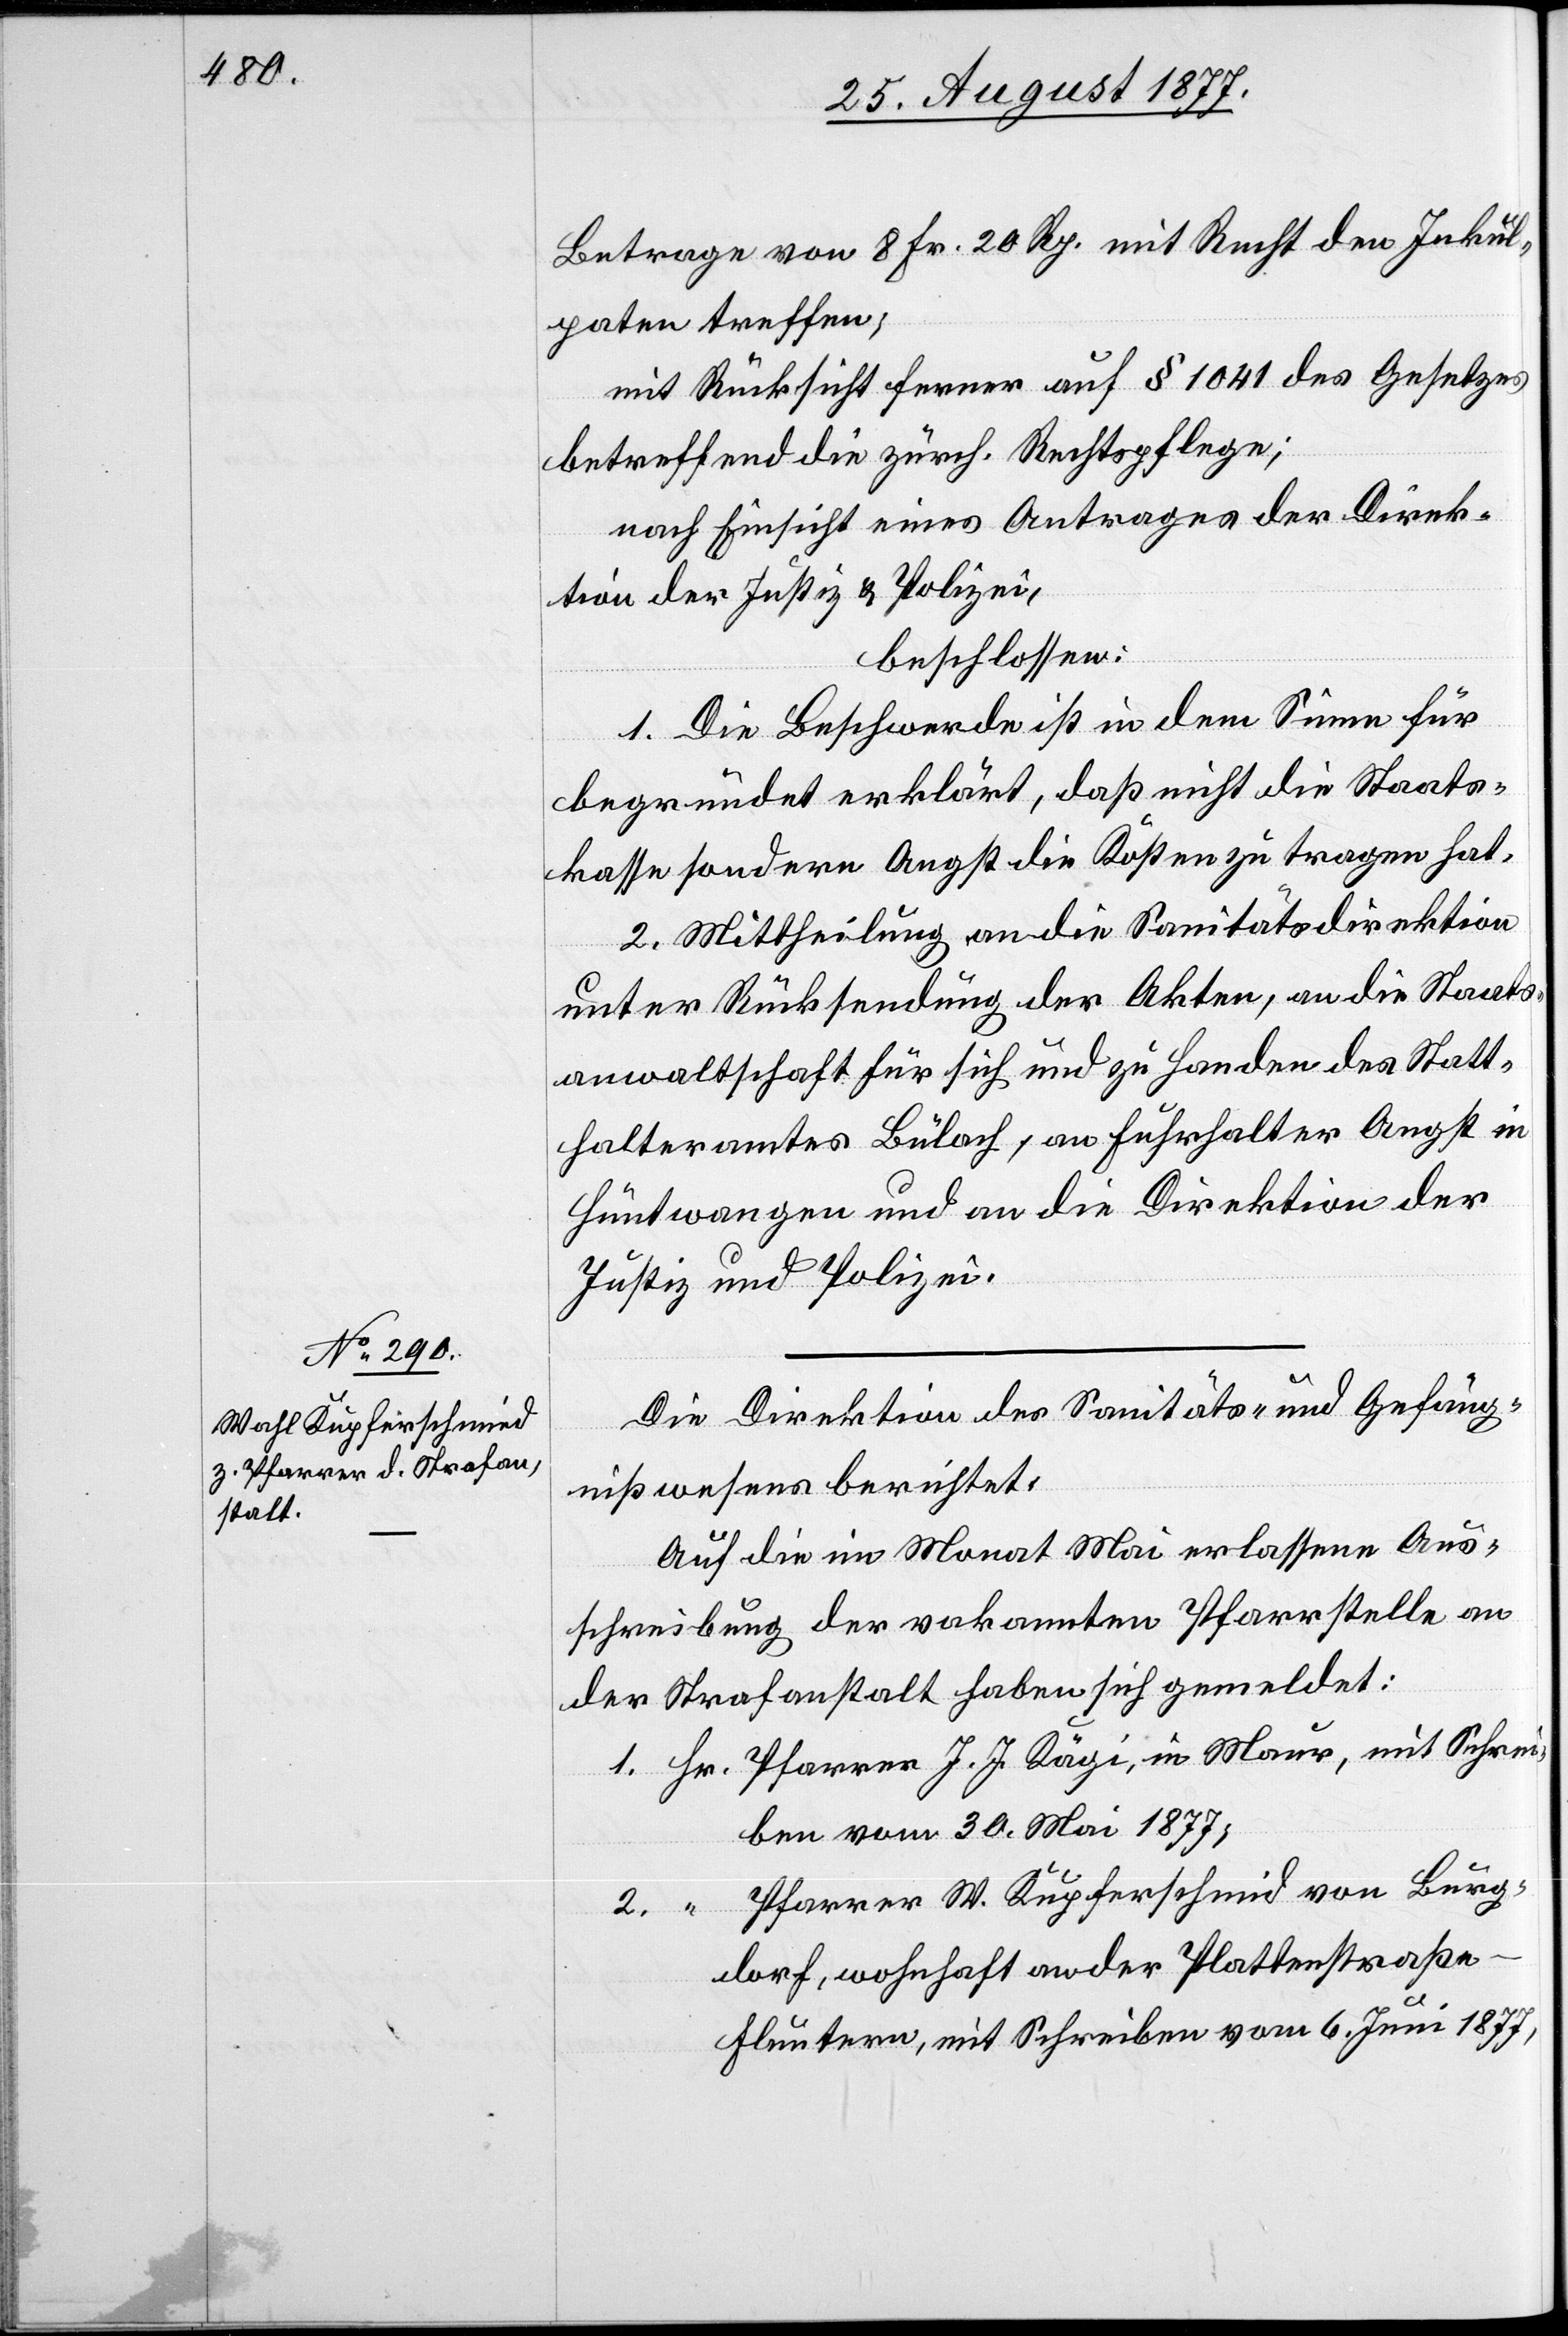
W. Kupferschmid

Betrage von 8 Fr. 20 Rp. mit Recht den Inkul¬
paten treffen;
mit Rücksicht ferner auf § 1041 des Gesetzes
betreffend die zürch. Rechtspflege;
nach Einsicht eines Antrages der Direk¬
tion der Justiz & Polizei,
beschlossen:
1. Die Beschwerde ist in dem Sinne für
begründet erklärt, daß nicht die Staats¬
kasse sondern Angst die Kosten zu tragen hat.
2. Mittheilung an die Sanitätsdirektion
unter Rücksendung der Akten, an die Staats¬
anwaltschaft für sich und zu Handen des Statt¬
halteramtes Bülach, an Fuhrhalter Angst in
Hüntwangen und an die Direktion der
Justiz und Polizei.
Die Direktion des Sanitäts- und Gefäng¬
nißwesens berichtet:
Auf die im Monat Mai erlassene Aus¬
schreibung der vakannten Pfarrstelle an
der Strafanstalt haben sich gemeldet:
Hr. Pfarrer J. J. Kägi, in Maur, mit Schrei¬
ben vom 30. Mai 1877;
von Burg¬
dorf, wohnhaft an der Plattenstraße
Fluntern, mit Schreiben vom 6. Juni 1877,